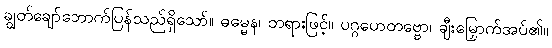
ချွတ်ချော်ဘောက်ပြန်သည်ရှိသော်။ ဓမ္မေန၊ တရားဖြင့်။ ပဂ္ဂဟေတဗ္ဗော၊ ချီးမြှောက်အပ်၏။